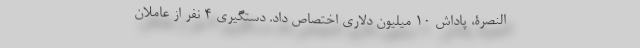
النصرة، پاداش ۱۰ میلیون دلاری اختصاص داد. دستگیری ۴ نفر از عاملان